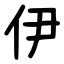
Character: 伊